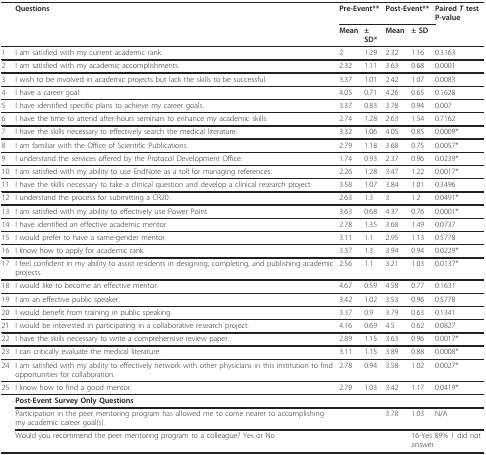
<table><thead><tr><td></td><td><b>Questions</b></td><td colspan="2"><b>Pre-Event**</b></td><td colspan="2"><b>Post-Event**</b></td><td><b>Paired <i>T </i>test P-value</b></td></tr><tr><td></td><td></td><td><b>Mean</b></td><td><b>± SD*</b></td><td><b>Mean</b></td><td><b>± SD</b></td><td></td></tr></thead><tbody><tr><td>1</td><td>I am satisfied with my current academic rank.</td><td>2</td><td>1.29</td><td>2.32</td><td>1.16</td><td>0.3163</td></tr><tr><td>2</td><td>I am satisfied with my academic accomplishments.</td><td>2.32</td><td>1.11</td><td>3.63</td><td>0.68</td><td>0.0001</td></tr><tr><td>3</td><td>I wish to be involved in academic projects but lack the skills to be successful.</td><td>3.37</td><td>1.01</td><td>2.42</td><td>1.07</td><td>0.0083</td></tr><tr><td>4</td><td>I have a career goal.</td><td>4.05</td><td>0.71</td><td>4.26</td><td>0.65</td><td>0.1628</td></tr><tr><td>5</td><td>I have identified specific plans to achieve my career goals.</td><td>3.37</td><td>0.83</td><td>3.78</td><td>0.94</td><td>0.007</td></tr><tr><td>6</td><td>I have the time to attend after-hours seminars to enhance my academic skills.</td><td>2.74</td><td>1.28</td><td>2.63</td><td>1.54</td><td>0.7162</td></tr><tr><td>7</td><td>I have the skills necessary to effectively search the medical literature.</td><td>3.32</td><td>1.06</td><td>4.05</td><td>0.85</td><td>0.0009*</td></tr><tr><td>8</td><td>I am familiar with the Office of Scientific Publications.</td><td>2.79</td><td>1.18</td><td>3.68</td><td>0.75</td><td>0.0057*</td></tr><tr><td>9</td><td>I understand the services offered by the Protocol Development Office.</td><td>1.74</td><td>0.93</td><td>2.37</td><td>0.96</td><td>0.0239*</td></tr><tr><td>10</td><td>I am satisfied with my ability to use EndNote as a toll for managing references.</td><td>2.26</td><td>1.28</td><td>3.47</td><td>1.22</td><td>0.0017*</td></tr><tr><td>11</td><td>I have the skills necessary to take a clinical question and develop a clinical research project.</td><td>3.58</td><td>1.07</td><td>3.84</td><td>1.01</td><td>0.3496</td></tr><tr><td>12</td><td>I understand the process for submitting a CR20.</td><td>2.63</td><td>1.3</td><td>3</td><td>1.2</td><td>0.0491*</td></tr><tr><td>13</td><td>I am satisfied with my ability to effectively use Power Point.</td><td>3.63</td><td>0.68</td><td>4.37</td><td>0.76</td><td>0.0001*</td></tr><tr><td>14</td><td>I have identified an effective academic mentor.</td><td>2.78</td><td>1.35</td><td>3.68</td><td>1.49</td><td>0.0737</td></tr><tr><td>15</td><td>I would prefer to have a same-gender mentor.</td><td>3.11</td><td>1.1</td><td>2.95</td><td>1.13</td><td>0.5778</td></tr><tr><td>16</td><td>I know how to apply for academic rank.</td><td>3.37</td><td>1.3</td><td>3.94</td><td>0.94</td><td>0.0229*</td></tr><tr><td>17</td><td>I feel confident in my ability to assist residents in designing, completing, and publishing academic projects.</td><td>2.56</td><td>1.1</td><td>3.21</td><td>1.03</td><td>0.0137*</td></tr><tr><td>18</td><td>I would like to become an effective mentor.</td><td>4.67</td><td>0.59</td><td>4.58</td><td>0.77</td><td>0.1631</td></tr><tr><td>19</td><td>I am an effective public speaker.</td><td>3.42</td><td>1.02</td><td>3.53</td><td>0.96</td><td>0.5778</td></tr><tr><td>20</td><td>I would benefit from training in public speaking.</td><td>3.37</td><td>0.9</td><td>3.79</td><td>0.63</td><td>0.1341</td></tr><tr><td>21</td><td>I would be interested in participating in a collaborative research project.</td><td>4.16</td><td>0.69</td><td>4.5</td><td>0.62</td><td>0.0827</td></tr><tr><td>22</td><td>I have the skills necessary to write a comprehensive review paper.</td><td>2.89</td><td>1.15</td><td>3.63</td><td>0.96</td><td>0.0017*</td></tr><tr><td>23</td><td>I can critically evaluate the medical literature.</td><td>3.11</td><td>1.15</td><td>3.89</td><td>0.88</td><td>0.0008*</td></tr><tr><td>24</td><td>I am satisfied with my ability to effectively network with other physicians in this institution to find opportunities for collaboration.</td><td>2.78</td><td>0.94</td><td>3.58</td><td>1.02</td><td>0.0027*</td></tr><tr><td>25</td><td>I know how to find a good mentor.</td><td>2.79</td><td>1.03</td><td>3.42</td><td>1.17</td><td>0.0419*</td></tr><tr><td></td><td colspan="6"><b>Post-Event Survey Only Questions</b></td></tr><tr><td></td><td>Participation in the peer mentoring program has allowed me to come nearer to accomplishing my academic career goal(s).</td><td></td><td></td><td>3.78</td><td>1.03</td><td>N/A</td></tr><tr><td></td><td>Would you recommend the peer mentoring program to a colleague? Yes or No</td><td></td><td></td><td></td><td colspan="2">16-Yes 89% 1 did not answer</td></tr></tbody></table>